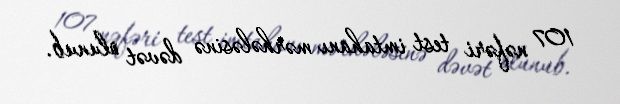
107 nəfəri test imtahanı mərhələsinə dəvət olunub.